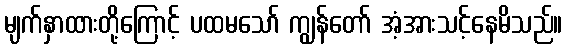
မျက်နှာထားတို့ကြောင့် ပထမသော် ကျွန်တော် အံ့အားသင့်နေမိသည်။